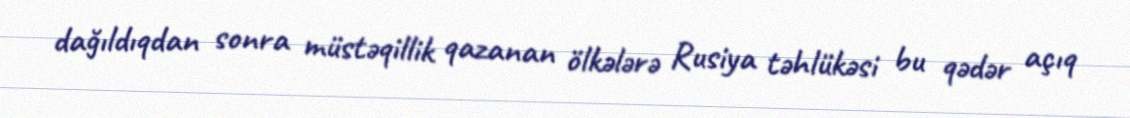
dağıldıqdan sonra müstəqillik qazanan ölkələrə Rusiya təhlükəsi bu qədər açıq